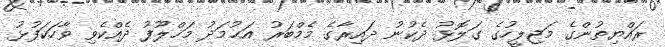
ރައްޔިތުންގެ މަޖިލީހުގެ ގަލޮޅު ދެކުނު ދައިރާގެ މެމްބަރު އަޙުމަދު މަޚްލޫފު ދެއްކެވި ވާހަކަފުޅު